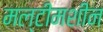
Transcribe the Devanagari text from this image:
मल्टीमशीन